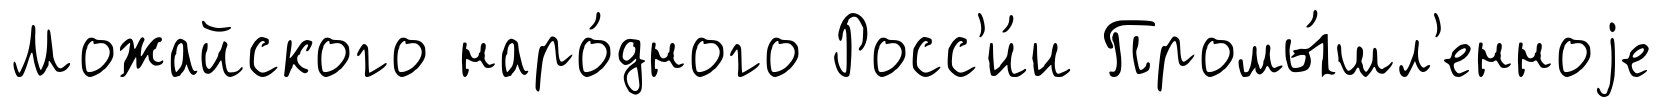
Можайского наро́дного Росс'и́и Промы́шл'енноjе